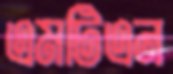
এমটিএন